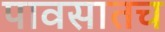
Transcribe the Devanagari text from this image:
पावसातच